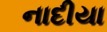
નાદીયા